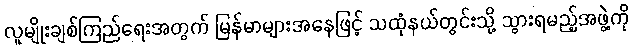
လူမျိုးချစ်ကြည်ရေးအတွက် မြန်မာများအနေဖြင့် သထုံနယ်တွင်းသို့ သွားရမည့်အဖွဲ့ကို